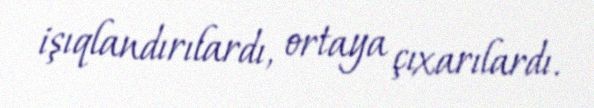
işıqlandırılardı, ortaya çıxarılardı.